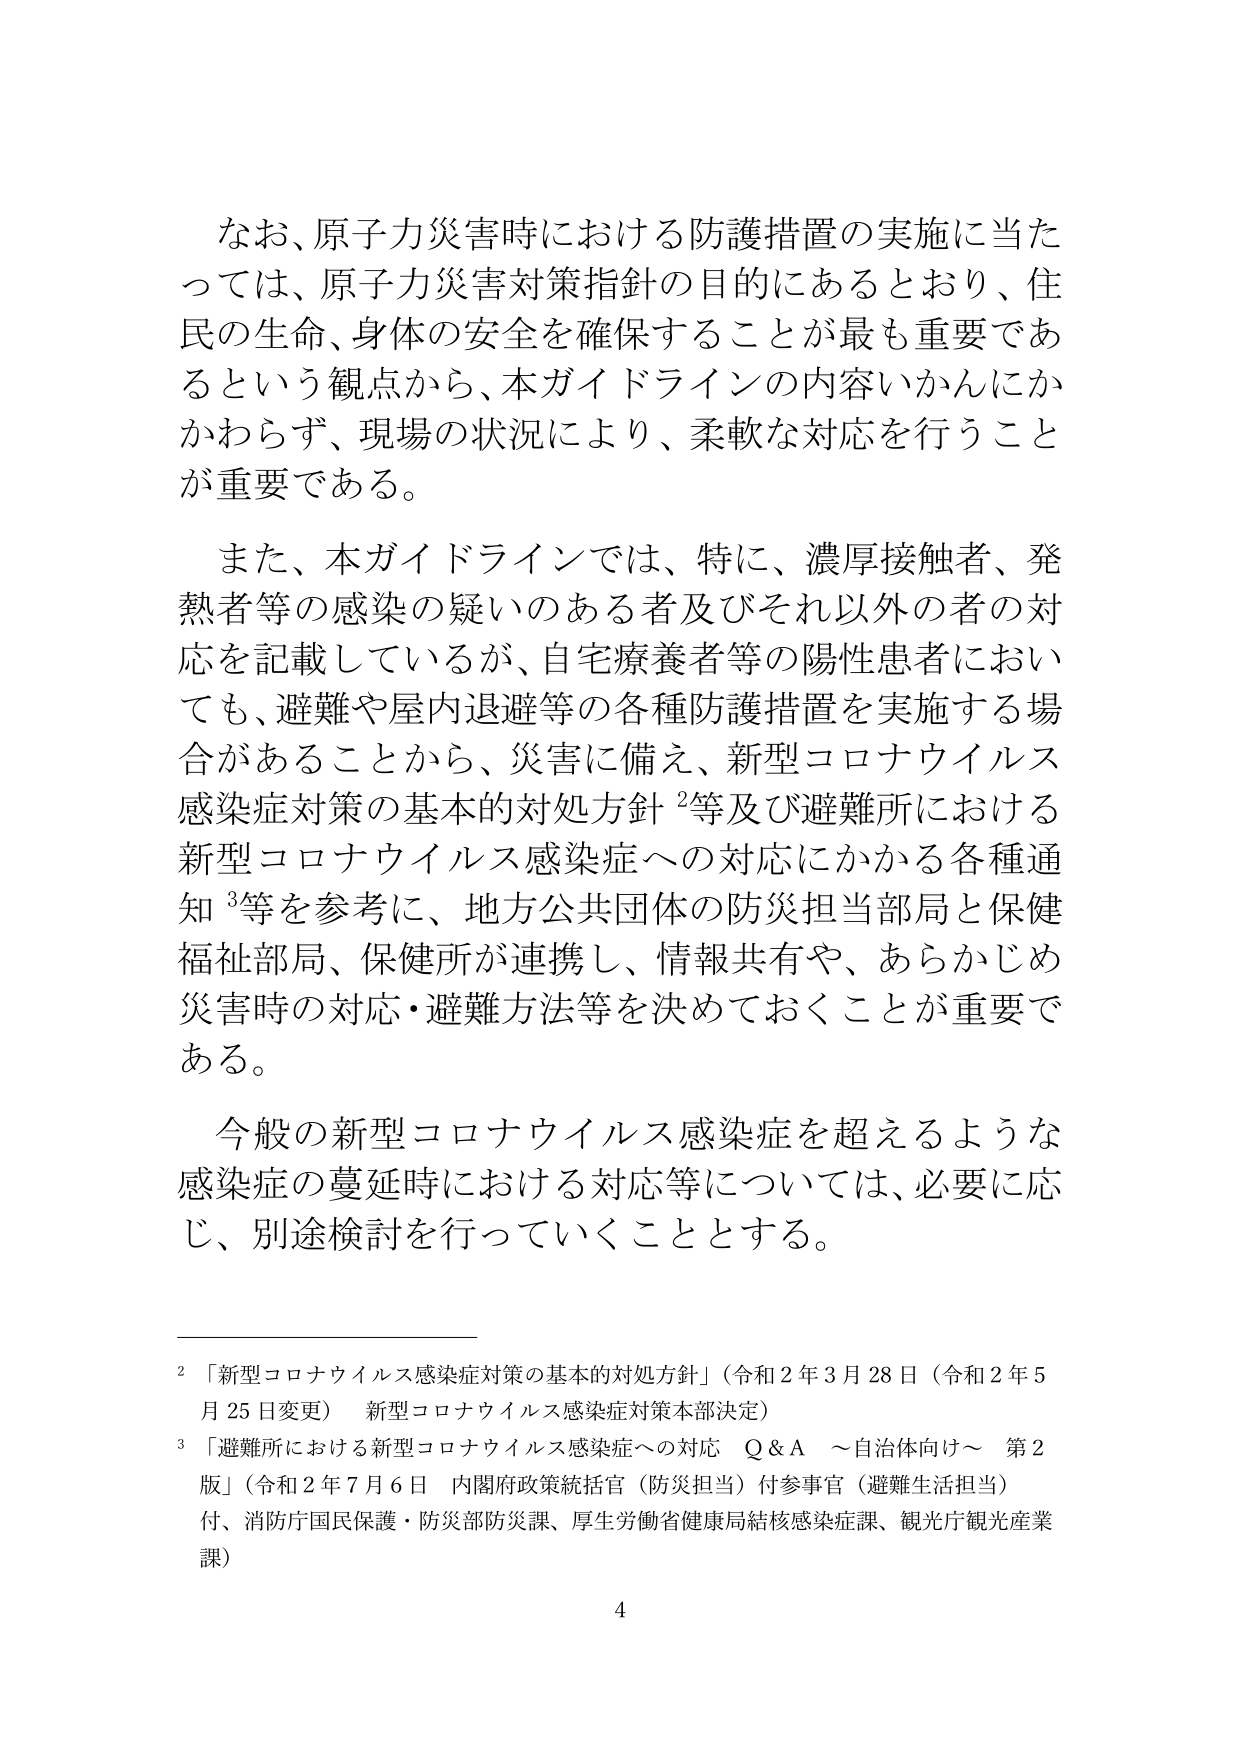
なお、原子力災害時における防護措置の実施に当たっては、原子力災害対策指針の目的にあるとおり、住民の生命、身体の安全を確保することが最も重要であるという観点から、本ガイドラインの内容いかんにかかわらず、現場の状況により、柔軟な対応を行うことが重要である。

また、本ガイドラインでは、特に、濃厚接触者、発熱者等の感染の疑いのある者及びそれ以外の者の対応を記載しているが、自宅療養者等の陽性患者においても、避難や屋内退避等の各種防護措置を実施する場合があることから、災害に備え、新型コロナウイルス感染症対策の基本的対処方針²等及び避難所における新型コロナウイルス感染症への対応にかかる各種通知³等を参考に、地方公共団体の防災担当部局と保健福祉部局、保健所が連携し、情報共有や、あらかじめ災害時の対応・避難方法等を決めておくことが重要である。

今般の新型コロナウイルス感染症を超えるような感染症の蔓延時における対応等については、必要に応じ、別途検討を行っていくこととする。

²「新型コロナウイルス感染症対策の基本的対処方針」（令和２年３月28日（令和２年５月25日変更） 新型コロナウイルス感染症対策本部決定）

³「避難所における新型コロナウイルス感染症への対応 Q&A ～自治体向け～ 第2版」（令和２年７月6日 内閣府政策統括官（防災担当）付参事官（避難生活担当）付、消防庁国民保護・防災部防災課、厚生労働省健康局結核感染症課、観光庁観光産業課）

4